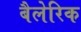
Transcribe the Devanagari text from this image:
बैलेरिक